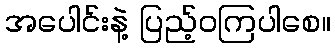
အပေါင်းနဲ့ ပြည့်ဝကြပါစေ။